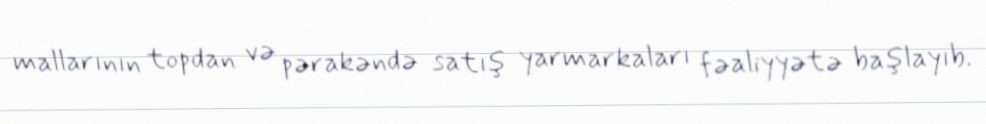
mallarının topdan və pərakəndə satış yarmarkaları fəaliyyətə başlayıb.